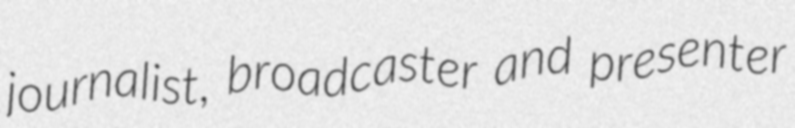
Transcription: journalist, broadcaster and presenter